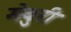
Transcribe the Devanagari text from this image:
मेबुरी